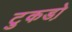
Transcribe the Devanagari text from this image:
टुकडो़